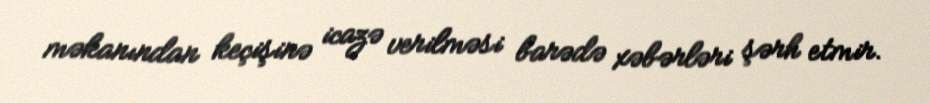
məkanından keçişinə icazə verilməsi barədə xəbərləri şərh etmir.